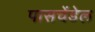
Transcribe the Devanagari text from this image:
पासचेंडेल